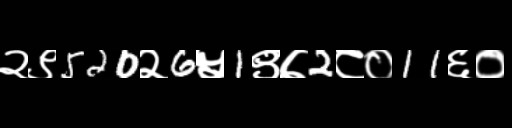
Text: २९520२6५1९७2८०11६०